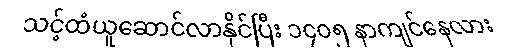
သင့်ထံယူဆောင်လာနိုင်ပြီး ၁၄၀၅ နာကျင်နေလား